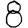
Digit: 8